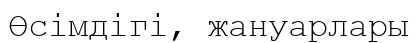
Өсімдігі, жануарлары